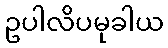
ဥပါလိပမုခါယ